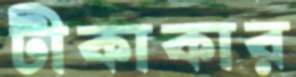
টীকাকার